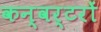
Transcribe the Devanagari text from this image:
कन्वर्टरों